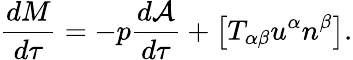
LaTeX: \frac{dM}{d\tau}=-p\frac{d{\cal A}}{d\tau}+\left[T_{\alpha\beta}u^{\alpha}n^{\beta}\right].